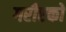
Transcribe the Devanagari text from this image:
गरीएको